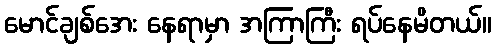
မောင်ချစ်အေး နေရာမှာ အကြာကြီး ရပ်နေမိတယ်။